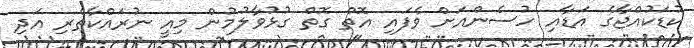
ކުޑަކުއްޖާގެ އަޑާއި ހުސެންއަށް ވެފައި އޮތް ގޮތް ގުޅުވާލުމުން މިއީ ނުރައްކާތެރި އަދި